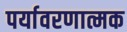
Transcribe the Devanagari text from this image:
पर्यावरणात्मक